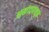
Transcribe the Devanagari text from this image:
आनंदापासून